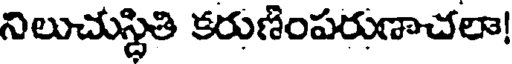
నిలుచుస్ధితి కరుణింపరుణాచలా!